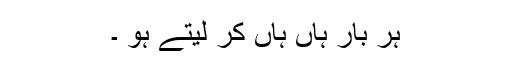
ہر بار ہاں ہاں کر لیتے ہو ۔